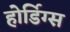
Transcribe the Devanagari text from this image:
होर्डिग्स